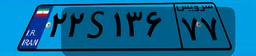
۰۰S۷۷۳۶۴